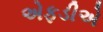
એફડીએ